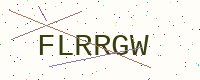
Text: FLRRGW